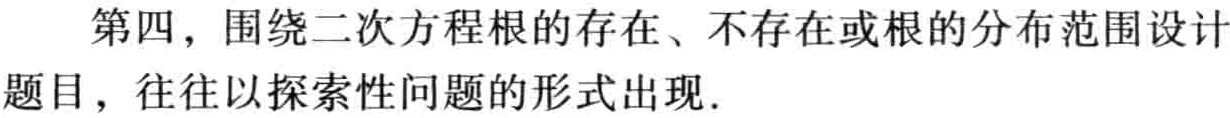
第四，围绕二次方程根的存在、不存在或根的分布范围设计题目，往往以探索性问题的形式出现.